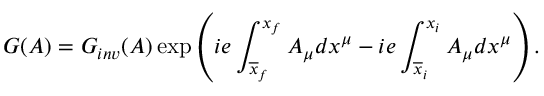
G ( A ) = G _ { i n v } ( A ) \exp \left( i e \int _ { \overline { { { x } } } _ { f } } ^ { x _ { f } } A _ { \mu } d x ^ { \mu } - i e \int _ { \overline { { { x } } } _ { i } } ^ { x _ { i } } A _ { \mu } d x ^ { \mu } \right) .